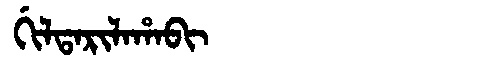
Manchu: ᡤᡳᠯᡨᠠᡵᡳᠯᠠᡥᠠᠪᡳ
Romanization: GILTARILAHABI